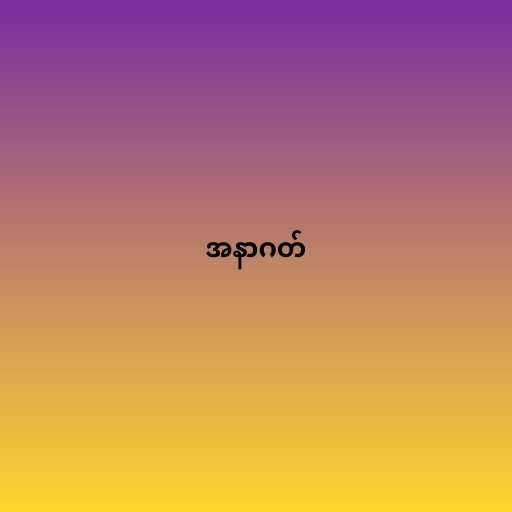
အနာဂတ်